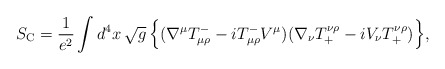
\begin{align*}S_{\rm C} = \frac{1}{e^2} \int d^4x\,\sqrt{g}\, \Bigr\{( \nabla^\mu T_{\mu\rho}^- - i T_{\mu\rho}^- V^\mu )( \nabla_\nu T^{\nu\rho}_+ - i V_\nu T^{\nu\rho}_+ ) \Bigr\},\end{align*}